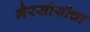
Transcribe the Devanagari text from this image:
गैरसोयीचा